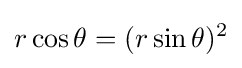
r\cos \theta =(r\sin \theta )^{2}